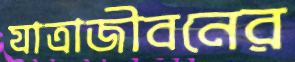
যাত্রাজীবনের